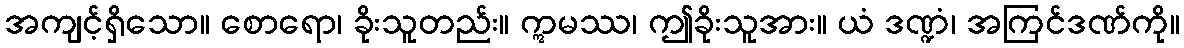
အကျင့်ရှိသော။ စောရော၊ ခိုးသူတည်း။ ဣမဿ၊ ဤခိုးသူအား။ ယံ ဒဏ္ဍံ၊ အကြင်ဒဏ်ကို။